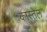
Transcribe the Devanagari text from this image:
कास्तेल